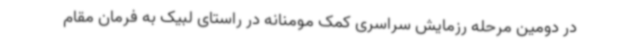
در دومین مرحله رزمایش سراسری کمک مومنانه در راستای لبیک به فرمان مقام